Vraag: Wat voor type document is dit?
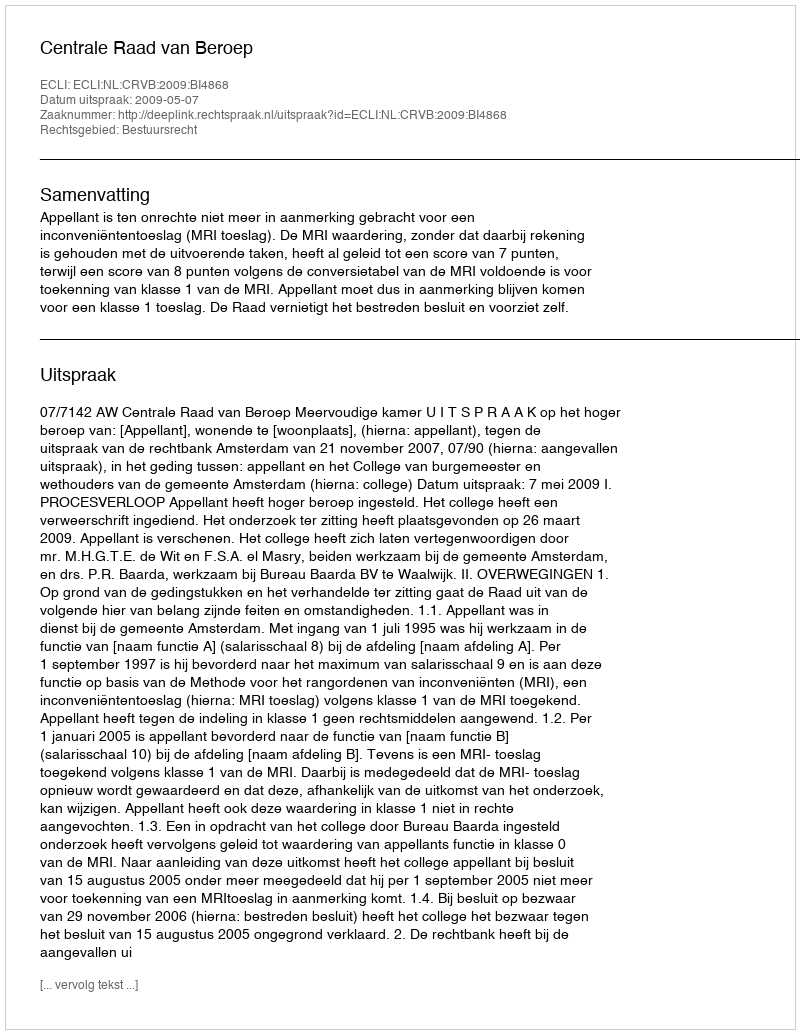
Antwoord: Uitspraak